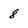
Character: 8